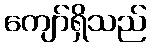
ကျော်ရှိသည်